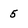
Character: 5